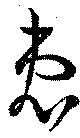
患